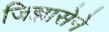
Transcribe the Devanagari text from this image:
जिज्ञासेने